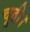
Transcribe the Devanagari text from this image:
चूती।